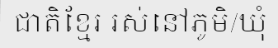
ជាតិខ្មែរ រស់នៅភូមិ/ឃុំ